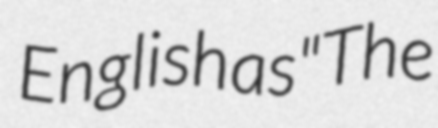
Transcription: English as "The